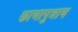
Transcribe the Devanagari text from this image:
छायापुत्राय